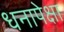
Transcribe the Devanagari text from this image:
धनापेक्षा